Black-water fever - Number 35
Disease focus: Fever
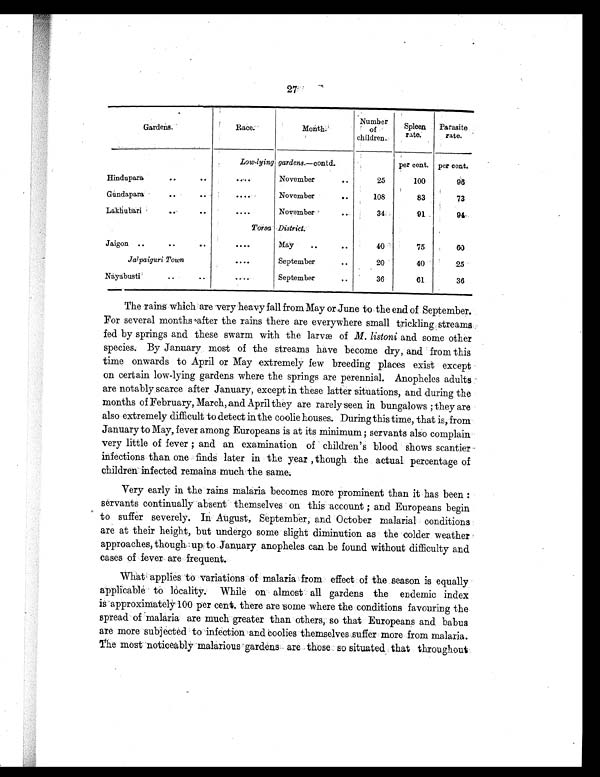
27
Gardens.
Race.
Month
Number of
chi l dren
c
Spl een
rate. Parasi te
rate.
Low-l yi ng gardens.—contd.
per cent. per cent.
Hi ndupara • • • •
. . . . November
• •
25
100
9 5
Gundapara
. .
• •
. . . . November
.. 108
83
73
Lakhubari
..
. . . . . November
34
91
94, .
Torsa District
Jai gon .. • • • •
. . . . May ..
40
75
6 0
Jal pai gur i Town
. . . .September
• •
20
40
. 25
Nayabusti
• . • •
September
• •
36
61
36
The rains which are very heavy fall from May or June to the end of September.
For several months after the rains there are everywhere small trickling streams
fed by springs and these swarm with the larvæ ofM. listoniand some other
species. By January most of the streams have become dry, and from this
time onwards to April or May extremely few breeding places exist except
on certain low-lying gardens where the springs are perennial. Anopheles adults
are notably scarce after January, except in these latter situations, and during the
months of February, March, and April they are rarely seen in bungalows ; they are
also extremely difficult to detect in the coolie houses. During this time, that is, from
January to May, fever among Europeans is at its minimum ; servants also complain
very little of fever ; and an examination of children's blood shows scantier
infections than one finds later in the year , though the actual percentage of
children infected remains much the same.
Very early in the rains malaria becomes more prominent than it has been
: servants continually absent themselves on this account ; and Europeans begin
to suffer severely. In August, September, and October malarial conditions
are at their height, but undergo some slight diminution as the colder weather
approaches, though up to January anopheles can be found without difficulty and
cases of fever are frequent.
What applies -to variations of malaria from effect of the season is equally
applicable to locality. While on almost all gardens the endemic index
is approximately 100 per cent. there are some where the conditions favouring the
spread of malaria are much greater than others, so that Europeans and babus
are more subjected to infection and 'coolies themselves suffer more from malaria.
The most noticeably malarious gardens are those so situated that throughout